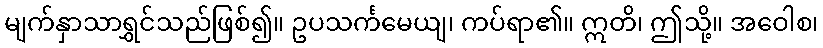
မျက်နှာသာရွှင်သည်ဖြစ်၍။ ဥပသင်္ကမေယျ၊ ကပ်ရာ၏။ ဣတိ၊ ဤသို့။ အဝေါစ၊